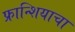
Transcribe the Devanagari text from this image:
फ्रान्शियाचा